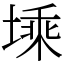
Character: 塖